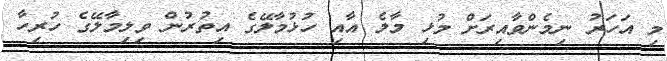
މި އަހަރު ނިމެންވާއިރަށް މުޅި މާލެ އާއި ހުޅުމާލޭގެ އިތުރުން ވިލިމާލޭގެ ހުރިހާ